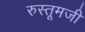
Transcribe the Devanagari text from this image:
रुस्तूमजी